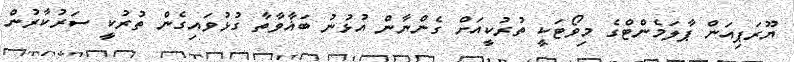
ޔޫރަޕިއަން ޕާލަމެންޓްގެ މިވޯޓަކީ ތުރުކީއަށް ގެންނާން އުޅުނު ބަޣާވާތާ ގުޅުވައިގެން ތުރުކީ ސަރުކާރުން